Report on vaccination in Madras 1922-1929 - 1922-1929
Year: 1922
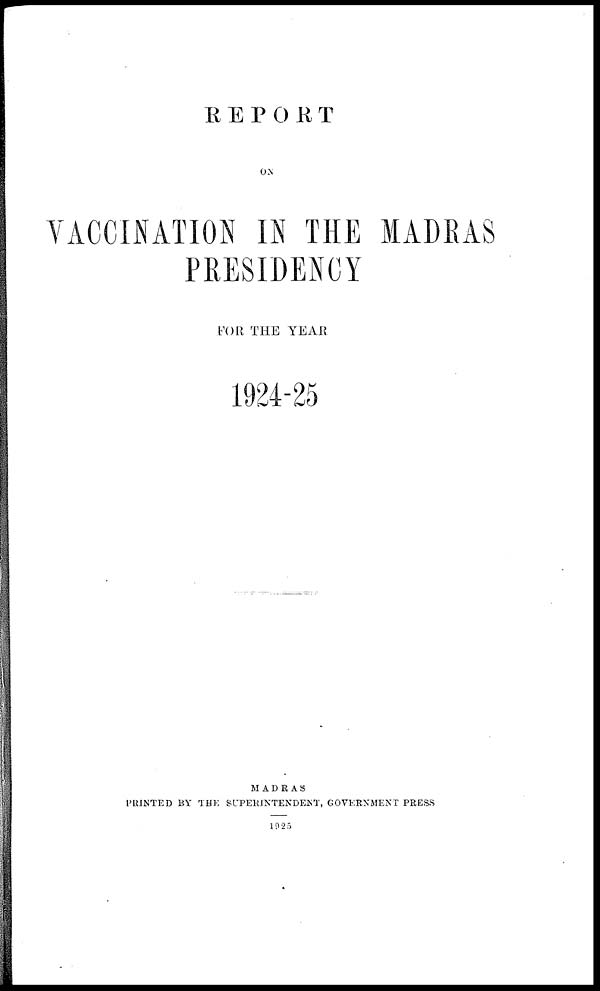
REPORT
ON
VACCINATION IN THE MADRAS
PRESIDENCY
FOR THE YEAR
1924-25
MADRAS
PRINTED BY THE SUPERINTENDENT, GOVERNMENT PRESS
1925